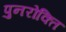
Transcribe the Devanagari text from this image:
पुनरोक्ति